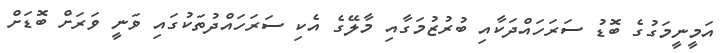
އަމީނީމަގުގެ ބޮޑު ސަރަހައްދަކާއި ބުރުޒުމަގާއި މާލޭގެ އެކި ސަރަހައްދުތަކުގައި ވަނީ ވަރަށް ބޮޑަށް